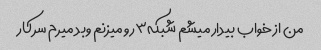
من از خواب بیدار میشم شبکه۳رو میزنم وبد میرم سرکار